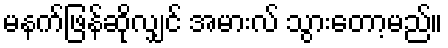
မနက်ဖြန်ဆိုလျှင် အမားလ် သွားတော့မည်။